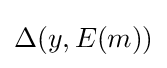
\Delta (y,E(m))